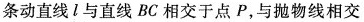
条动直线l与直线BC相交于点P，与抛物线相交